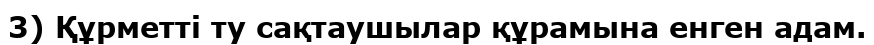
3) Құрметті ту сақтаушылар құрамына енген адам.